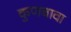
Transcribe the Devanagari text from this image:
कुणबावा